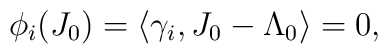
\phi_i(J_0)=\langle \gamma_i, J_0 -\Lambda_0\rangle =0,